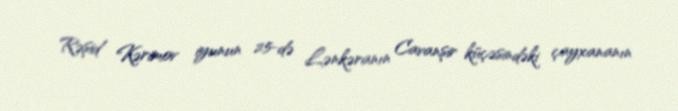
Rəşid Kərimov iyunun 25-də Lənkəranın Cavanşir küçəsindəki çayxananın